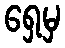
ရှေ့မှ